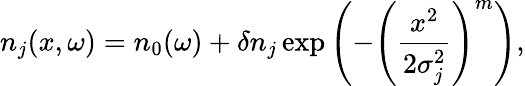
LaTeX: n_{j}(x,\omega)=n_{0}(\omega)+\delta n_{j}\exp\left(-\left(\frac{x^{2}}{2\sigma_{j}^{2}}\right)^{m}\right),